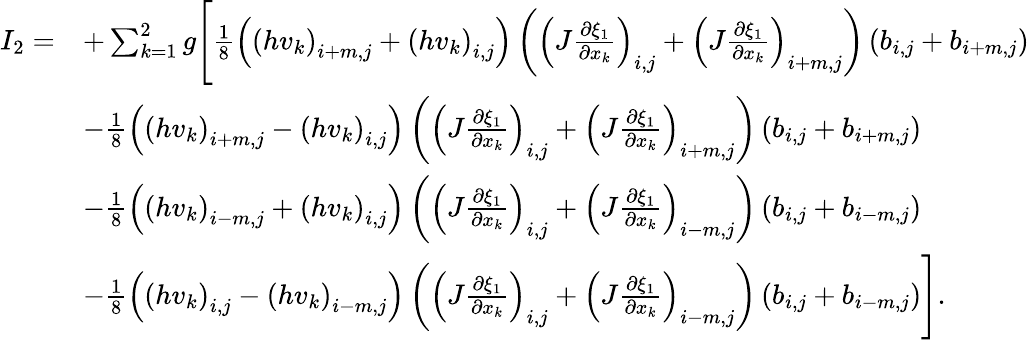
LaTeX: \begin{array}{rl}{I_{2}=}&{+\sum_{k=1}^{2}g\Bigg[\frac{1}{8}\left(\left(hv_{k}\right)_{i+m,j}+\left(hv_{k}\right)_{i,j}\right)\left(\left(J\frac{\partial\xi_{1}}{\partial x_{k}}\right)_{i,j}+\left(J\frac{\partial\xi_{1}}{\partial x_{k}}\right)_{i+m,j}\right)\left({b}_{i,j}+b_{i+m,j}\right)}\\ &{-\frac{1}{8}\left(\left(hv_{k}\right)_{i+m,j}-\left(hv_{k}\right)_{i,j}\right)\left(\left(J\frac{\partial\xi_{1}}{\partial x_{k}}\right)_{i,j}+\left(J\frac{\partial\xi_{1}}{\partial x_{k}}\right)_{i+m,j}\right)\left({b}_{i,j}+b_{i+m,j}\right)}\\ &{-\frac{1}{8}\left(\left(hv_{k}\right)_{i-m,j}+\left(hv_{k}\right)_{i,j}\right)\left(\left(J\frac{\partial\xi_{1}}{\partial x_{k}}\right)_{i,j}+\left(J\frac{\partial\xi_{1}}{\partial x_{k}}\right)_{i-m,j}\right)\left({b}_{i,j}+b_{i-m,j}\right)}\\ &{-\frac{1}{8}\left(\left(hv_{k}\right)_{i,j}-\left(hv_{k}\right)_{i-m,j}\right)\left(\left(J\frac{\partial\xi_{1}}{\partial x_{k}}\right)_{i,j}+\left(J\frac{\partial\xi_{1}}{\partial x_{k}}\right)_{i-m,j}\right)\left({b}_{i,j}+b_{i-m,j}\right)\Bigg].}\end{array}